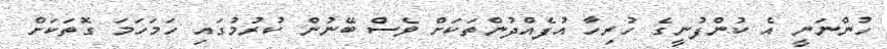
ހުންނަނީ އެ ކުންފުނީގެ ހުރިހާ އުފެއްދުންތަކަށް ވެސް ބޭނުން ކުރުމުގައި ހަމަހަމަ ގޮތަކަށް